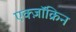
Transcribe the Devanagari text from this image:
एक्ज़ॉक्रिन